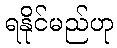
ရနိုင်မည်ဟု